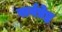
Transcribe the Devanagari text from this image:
सर्वष्रेष्ठ